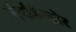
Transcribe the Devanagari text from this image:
नंदकिसोर